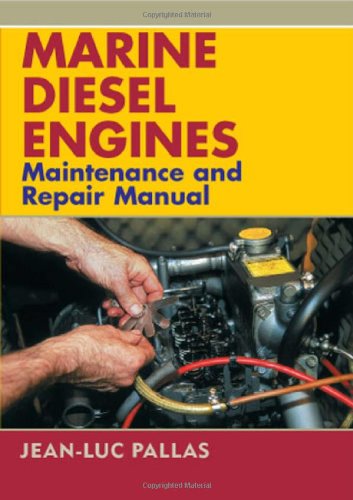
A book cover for Marine Diesel Engines: Maintenance and Repair Manual; Jean-Luc Pallas; Engineering & Transportation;